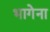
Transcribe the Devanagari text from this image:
भागेना